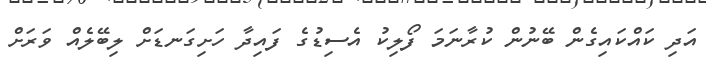
އަދި ކައްކައިގެން ބޭނުން ކުރާނަމަ ފޯލިކު އެސިޑުގެ ފައިދާ ހަށިގަނޑަށް ލިބޭލެއް ވަރަށް